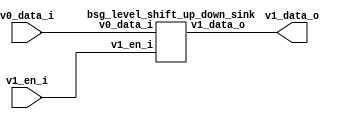


module top
(
  v0_data_i,
  v1_en_i,
  v1_data_o
);

  input [15:0] v0_data_i;
  output [15:0] v1_data_o;
  input v1_en_i;

  bsg_level_shift_up_down_sink
  wrapper
  (
    .v0_data_i(v0_data_i),
    .v1_data_o(v1_data_o),
    .v1_en_i(v1_en_i)
  );


endmodule



module bsg_level_shift_up_down_sink
(
  v0_data_i,
  v1_en_i,
  v1_data_o
);

  input [15:0] v0_data_i;
  output [15:0] v1_data_o;
  input v1_en_i;
  wire [15:0] v1_data_o;
  assign v1_data_o[15] = v0_data_i[15] & v1_en_i;
  assign v1_data_o[14] = v0_data_i[14] & v1_en_i;
  assign v1_data_o[13] = v0_data_i[13] & v1_en_i;
  assign v1_data_o[12] = v0_data_i[12] & v1_en_i;
  assign v1_data_o[11] = v0_data_i[11] & v1_en_i;
  assign v1_data_o[10] = v0_data_i[10] & v1_en_i;
  assign v1_data_o[9] = v0_data_i[9] & v1_en_i;
  assign v1_data_o[8] = v0_data_i[8] & v1_en_i;
  assign v1_data_o[7] = v0_data_i[7] & v1_en_i;
  assign v1_data_o[6] = v0_data_i[6] & v1_en_i;
  assign v1_data_o[5] = v0_data_i[5] & v1_en_i;
  assign v1_data_o[4] = v0_data_i[4] & v1_en_i;
  assign v1_data_o[3] = v0_data_i[3] & v1_en_i;
  assign v1_data_o[2] = v0_data_i[2] & v1_en_i;
  assign v1_data_o[1] = v0_data_i[1] & v1_en_i;
  assign v1_data_o[0] = v0_data_i[0] & v1_en_i;

endmodule